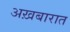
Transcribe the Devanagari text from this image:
अख़बारात